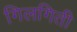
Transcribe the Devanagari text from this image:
गिलगिती